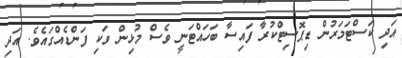
އަދި ކަސްޓަމަރުން ޑިޕޮސިޓްކުރާ ފައިސާ ބަހައްޓަނީ ވެސް މުޅިން ވަކި ފަންޑެއްގައެވެ. އަދި